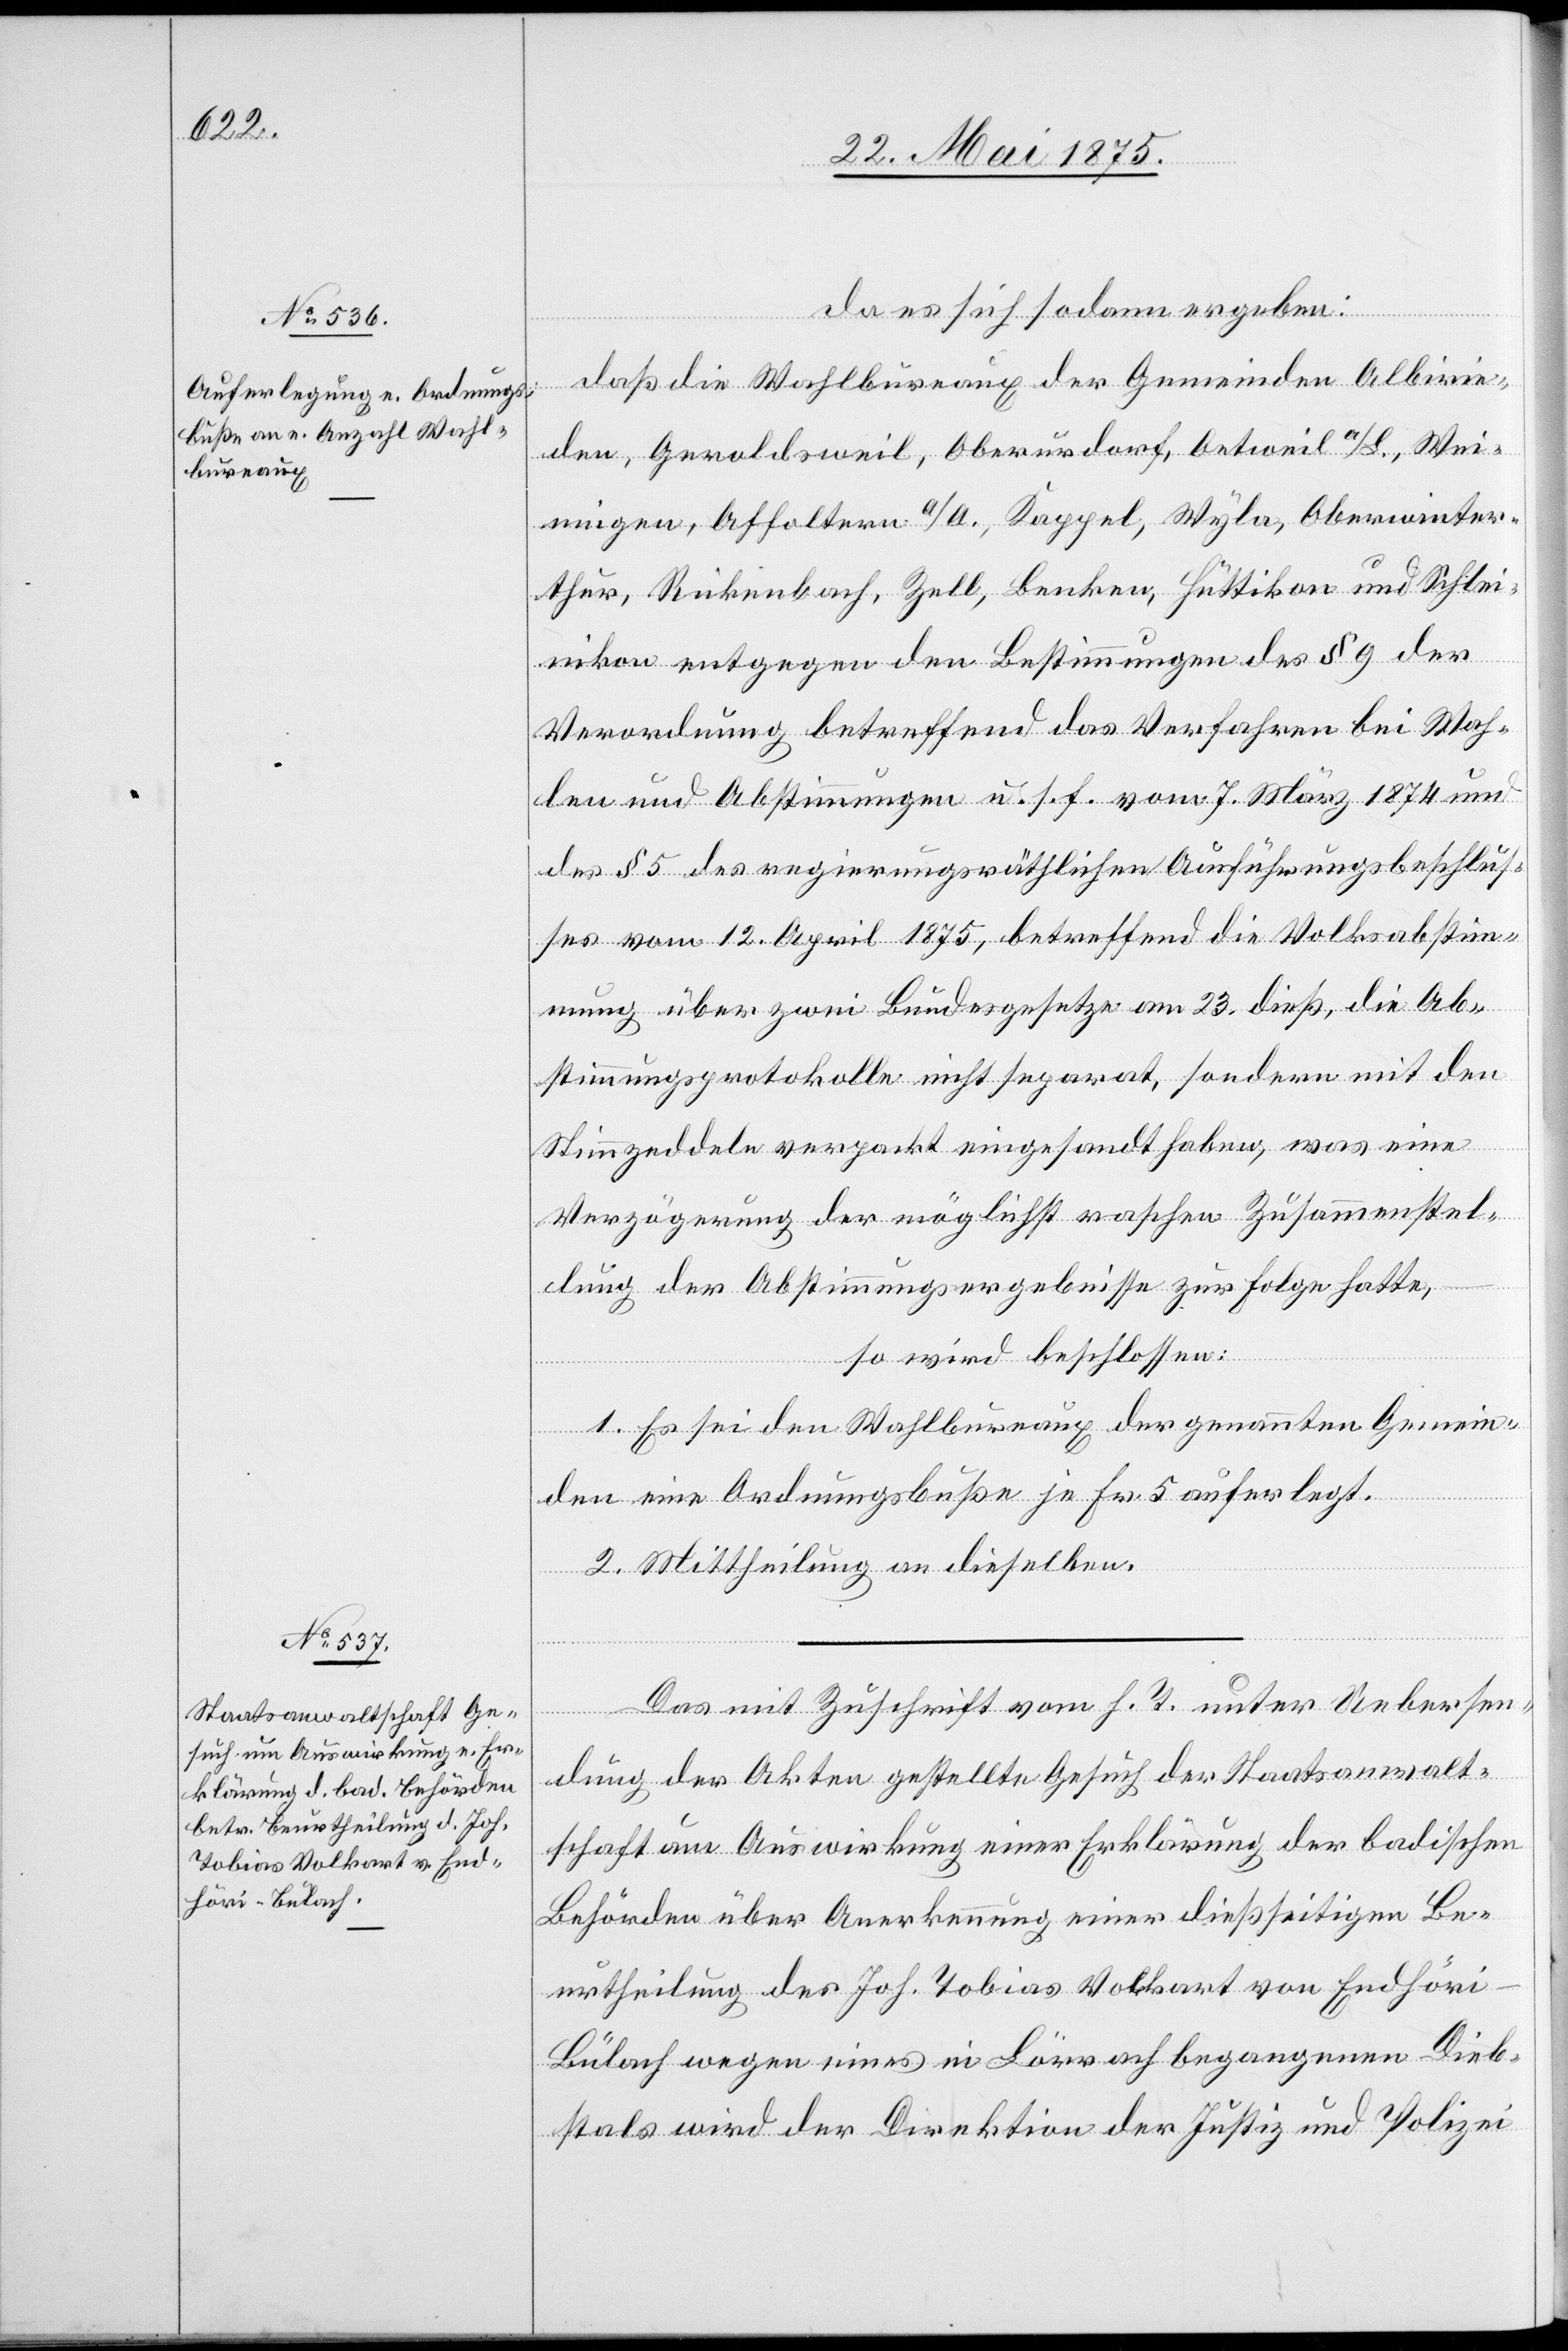
27. Mai 1875.]
da es sich sodann ergeben:
daß die Wahlburaux der Gemeinden Albisrie¬
den, Geroldsweil, Oberurdorf, Oetweil a/L., Wei¬
ningen, Affoltern a/A., Kappel, Wyla, Oberwinter¬
thur, Rickenbach, Zell, Benken, Hüttikon und Schlei¬
nikon entgegen den Bestimmungen des § 9 der
Verordnung betreffend das Verfahren bei Wah¬
len und Abstimmungen u. s. f. vom 7. März 1874 und
des § 5 des regierungsräthlichen Ausführungsbeschlus¬
ses vom 12. April 1875, betreffend die Volksabstim¬
mung über zwei Bundesgesetze am 23. dieß, die Ab¬
stimmungsprotokolle nicht separat, sondern mit den
Stimmzeddeln verpackt eingesandt haben, was eine
Verzögerung der möglichst raschen Zusammenstel¬
lung der Abstimmungsergebnisse zur Folge hatte,
so wird beschlossen:
1. Es sei den Wahlbureaux der genannten Gemein¬
den eine Ordnungsbuße je Fr. 5 auferlegt.
2. Mittheilung an dieselben.
Das mit Zuschrift vom h. T. unter Uebersen¬
dung der Akten gestellte Gesuch der Staatsanwalt¬
schaft um Auswirkung einer Erklärung der badischen
Behörden über Anerkennung einer dießseitigen Be¬
urtheilung des Joh. Tobias Volkart von Endhöri
Bülach wegen eines in Lörrach begangenen Dieb¬
stals wird der Direktion der Justiz und Polizei